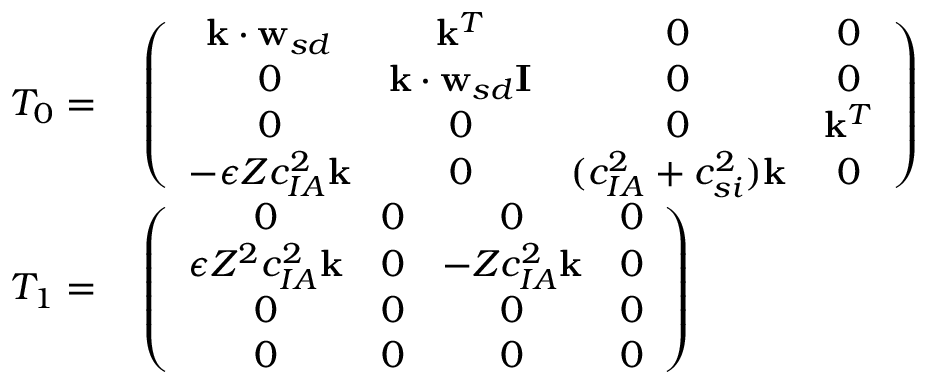
\begin{array} { r l } { T _ { 0 } = } & { { } \left( \begin{array} { c c c c } { \mathbf { k } \cdot \mathbf { w } _ { s d } } & { \mathbf { k } ^ { T } } & { 0 } & { 0 } \\ { 0 } & { \mathbf { k } \cdot \mathbf { w } _ { s d } \mathbf { I } } & { 0 } & { 0 } \\ { 0 } & { 0 } & { 0 } & { \mathbf { k } ^ { T } } \\ { - \epsilon Z c _ { I A } ^ { 2 } \mathbf { k } } & { 0 } & { ( c _ { I A } ^ { 2 } + c _ { s i } ^ { 2 } ) \mathbf { k } } & { 0 } \end{array} \right) } \\ { T _ { 1 } = } & { { } \left( \begin{array} { c c c c } { 0 } & { 0 } & { 0 } & { 0 } \\ { \epsilon Z ^ { 2 } c _ { I A } ^ { 2 } \mathbf { k } } & { 0 } & { - Z c _ { I A } ^ { 2 } \mathbf { k } } & { 0 } \\ { 0 } & { 0 } & { 0 } & { 0 } \\ { 0 } & { 0 } & { 0 } & { 0 } \end{array} \right) } \end{array}